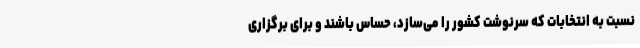
نسبت به انتخابات که سرنوشت کشور را می‌سازد، حساس باشند و برای برگزاری